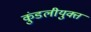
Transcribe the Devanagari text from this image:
कुंडलीयुक्त